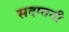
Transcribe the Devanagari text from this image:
सदातनी